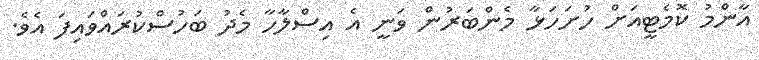
އާންމު ކޮމެޓީއަށް ހުށަހަޅާ މެންބަރުން ވަނީ އެ އިސްލާހާ މެދު ބަހުސްކުރައްވައިފަ އެވެ.